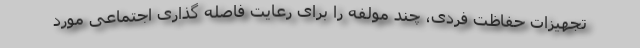
تجهیزات حفاظت فردی، چند مولفه را برای رعایت فاصله گذاری اجتماعی مورد